38_143685_box_Incident_Summaries_173-233
Agency: Department of War
Page 143
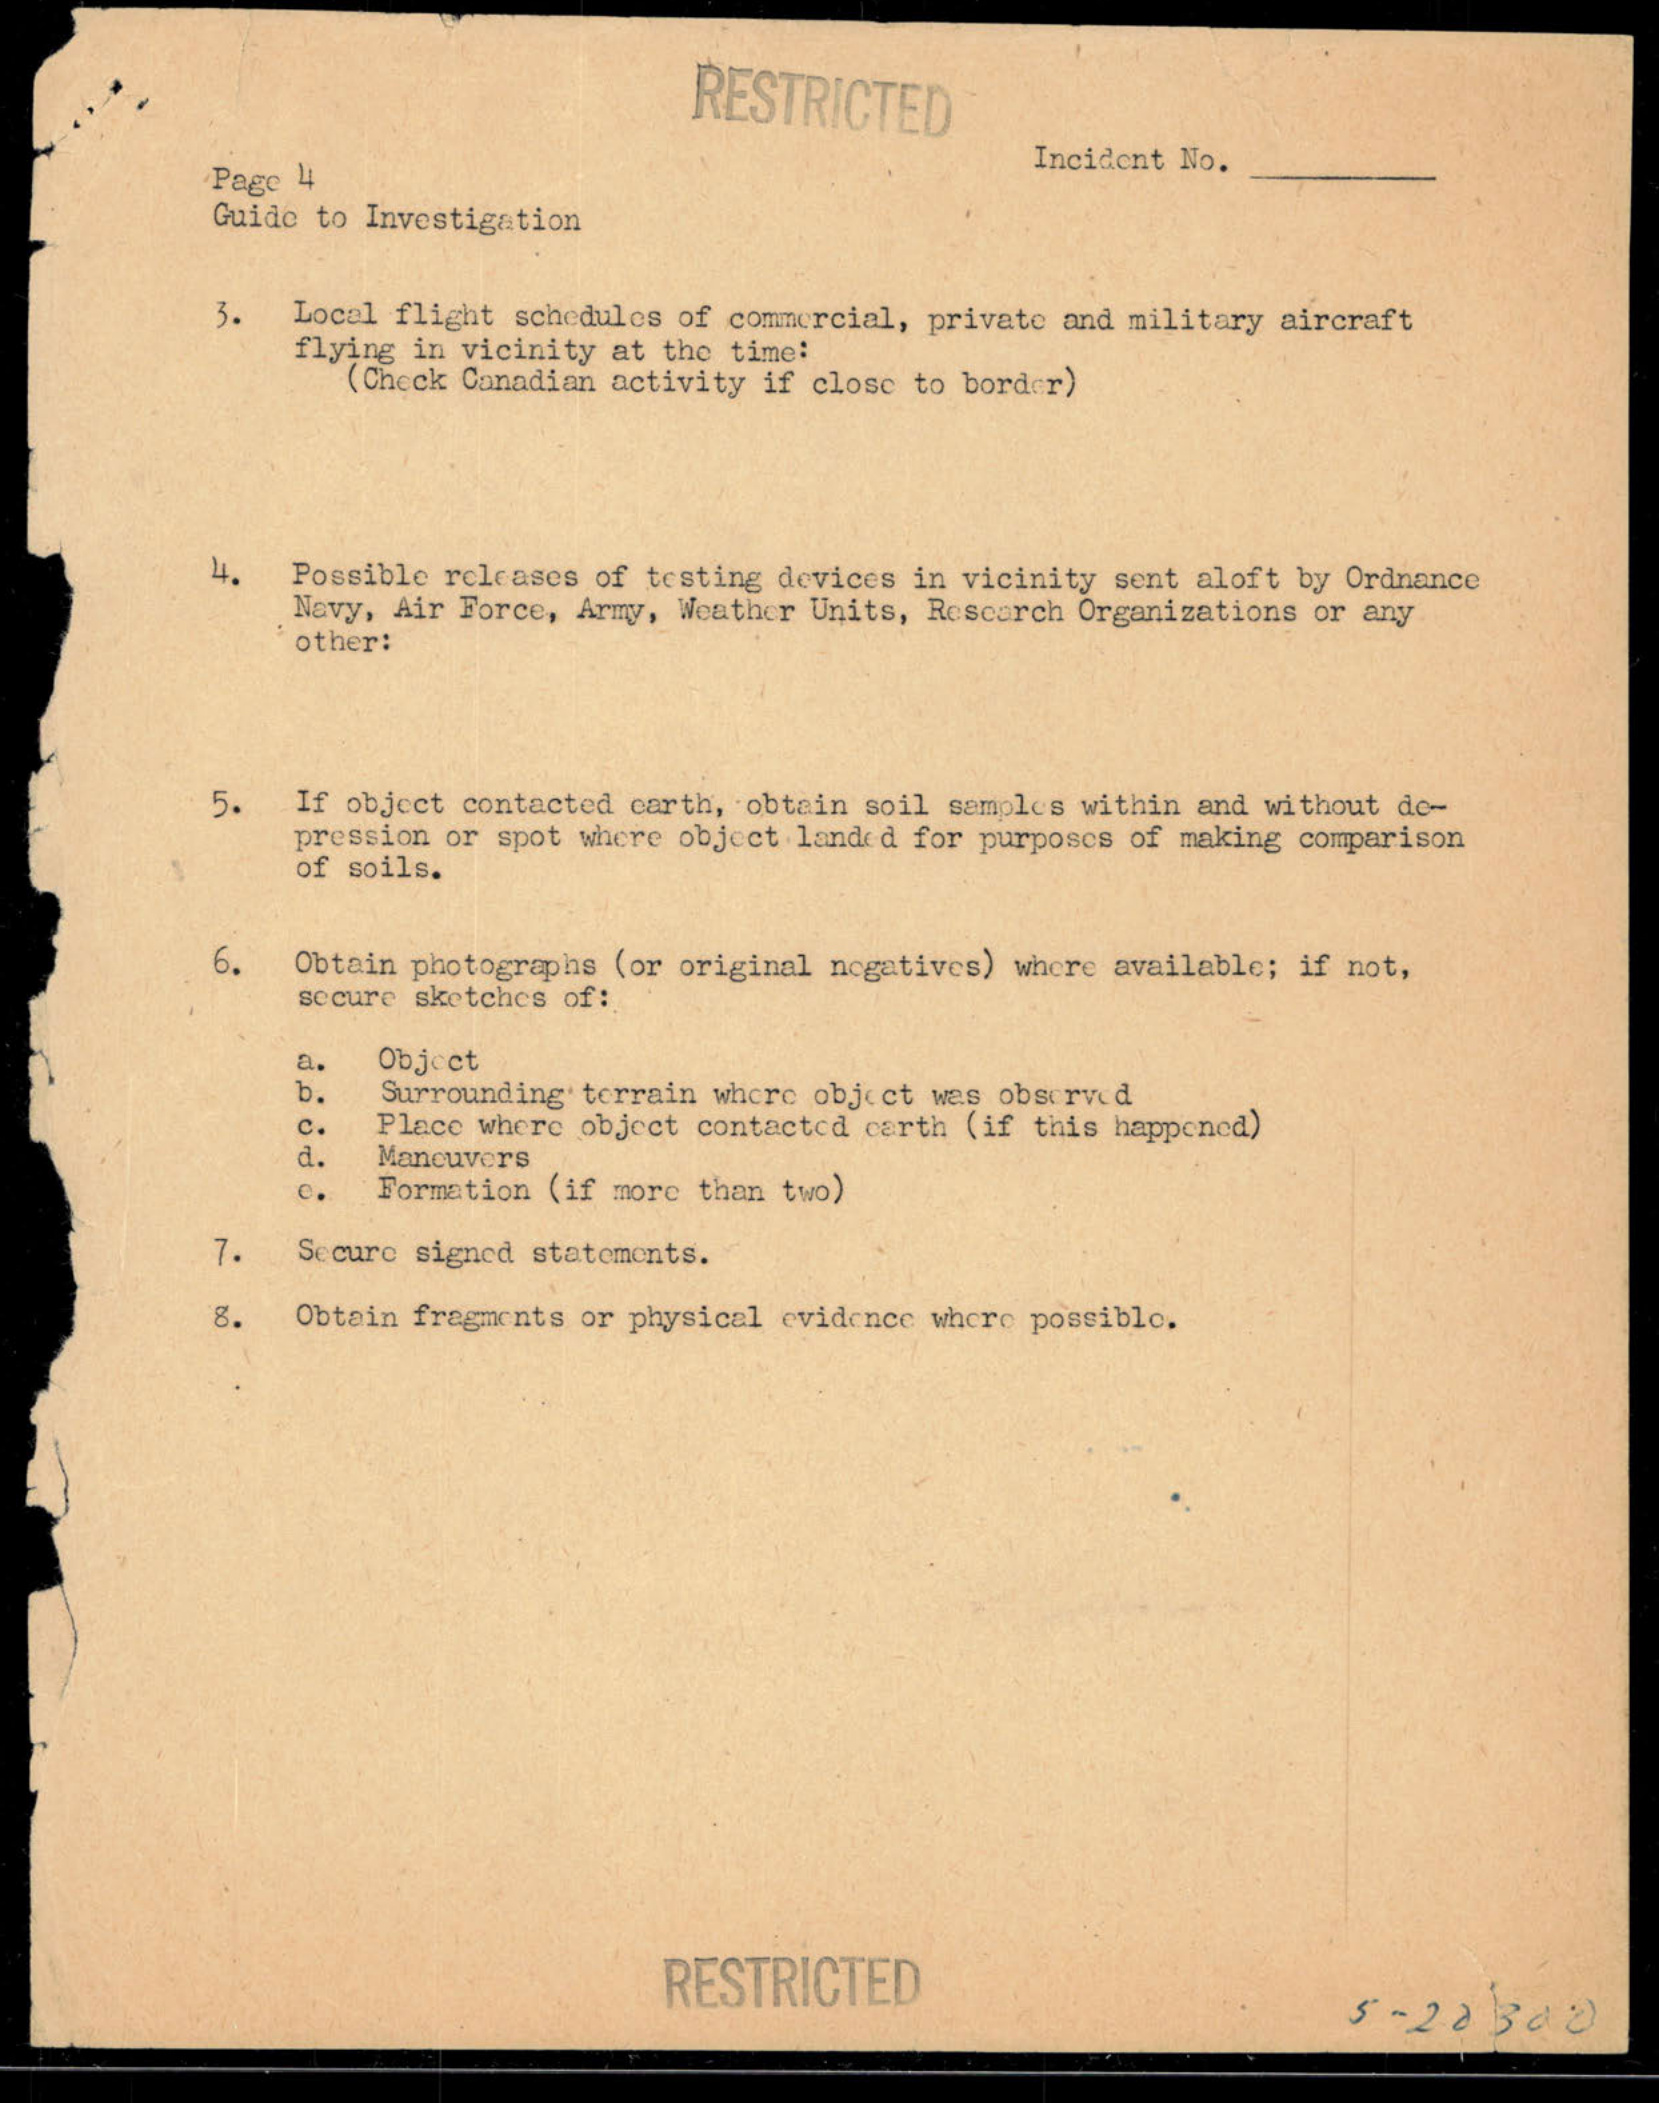